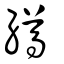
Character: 繜